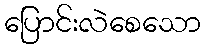
ပြောင်းလဲစေသော